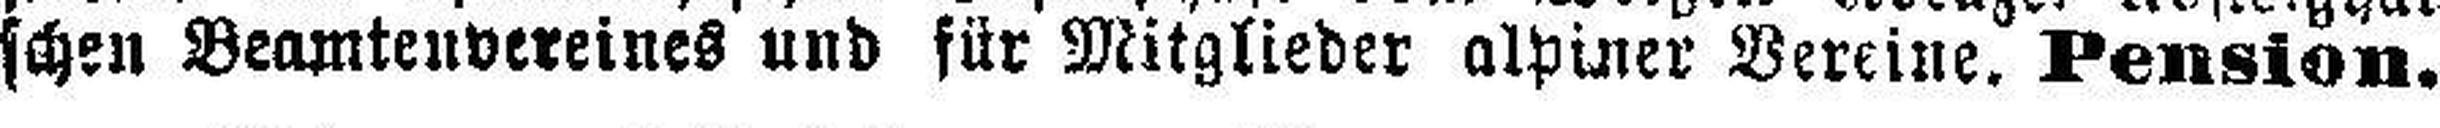
schen Beamtenvereines und für Mitglieder alpiner Vereine. Pension.